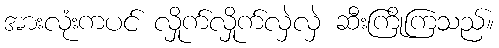
အားလုံးကပင် လှိုက်လှိုက်လှဲလှဲ ဆီးကြိုကြသည်။